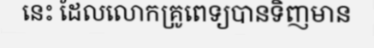
នេះ ដែលលោកគ្រូពេទ្យបានទិញមាន